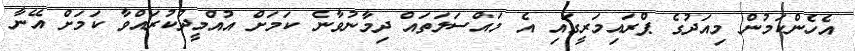
އެހެންކަމުން މިއަދުގެ ޕްރައިމަރީގައި އެ މައްސަލަތައް ދިމާނުވާނެ ކަމަށް އުއްމީދުކުރައްވާ ކަމަށް އޭނާ